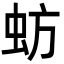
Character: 蚄